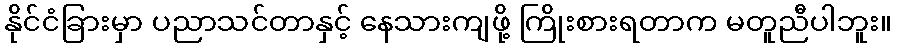
နိုင်ငံခြားမှာ ပညာသင်တာနှင့် နေသားကျဖို့ ကြိုးစားရတာက မတူညီပါဘူး။